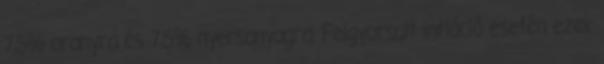
7,5% aranyra és 7,5% nyersanyagra. Felgyorsult infláció esetén ezek